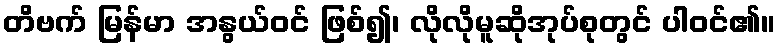
တိဗက် မြန်မာ အနွယ်ဝင် ဖြစ်၍၊ လိုလိုမူဆိုအုပ်စုတွင် ပါဝင်၏။